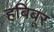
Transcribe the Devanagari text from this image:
हबिबूर